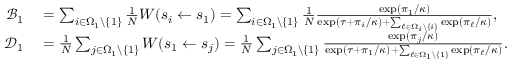
\begin{array} { r l } { \mathcal { B } _ { 1 } } & { { } = \sum _ { i \in \Omega _ { 1 } \backslash \{ 1 \} } \frac { 1 } { N } W ( s _ { i } \gets s _ { 1 } ) = \sum _ { i \in \Omega _ { 1 } \backslash \{ 1 \} } \frac { 1 } { N } \frac { \exp ( \pi _ { 1 } / \kappa ) } { \exp ( \tau + \pi _ { i } / \kappa ) + \sum _ { \ell \in \Omega _ { i } \backslash \{ i \} } \exp ( \pi _ { \ell } / \kappa ) } , } \\ { \mathcal { D } _ { 1 } } & { { } = \frac { 1 } { N } \sum _ { j \in \Omega _ { 1 } \backslash \{ 1 \} } W ( s _ { 1 } \gets s _ { j } ) = \frac { 1 } { N } \sum _ { j \in \Omega _ { 1 } \backslash \{ 1 \} } \frac { \exp ( \pi _ { j } / \kappa ) } { \exp ( \tau + \pi _ { 1 } / \kappa ) + \sum _ { \ell \in \Omega _ { 1 } \backslash \{ 1 \} } \exp ( \pi _ { \ell } / \kappa ) } . } \end{array}